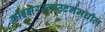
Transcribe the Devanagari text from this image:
काइझरस्लाउटर्नमधील